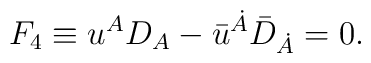
F_4\equiv {u}^{A} D_{A} - {\bar{u}}^{\dot{A}} {\bar{D}}_{\dot{A}}= 0.